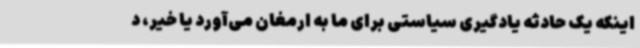
اینکه یک حادثه یادگیری سیاستی برای ما به ارمغان می‌آورد یا خیر، د